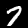
Digit: 7